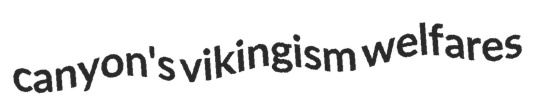
canyon's vikingism welfares